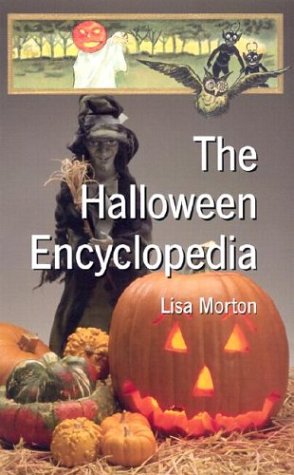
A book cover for The Halloween Encyclopedia; Lisa Morton; Politics & Social Sciences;